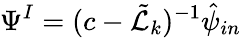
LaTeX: \Psi^{I}=(c-\tilde{\mathcal{L}}_{k})^{-1}\hat{\psi}_{in}